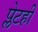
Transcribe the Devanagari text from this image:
प्लेटही